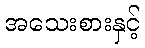
အသေးစားနှင့်